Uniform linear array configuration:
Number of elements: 12
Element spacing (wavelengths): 0.25
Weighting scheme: hann
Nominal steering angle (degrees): -15
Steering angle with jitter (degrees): -13.884
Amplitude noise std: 0.05
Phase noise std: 0.05

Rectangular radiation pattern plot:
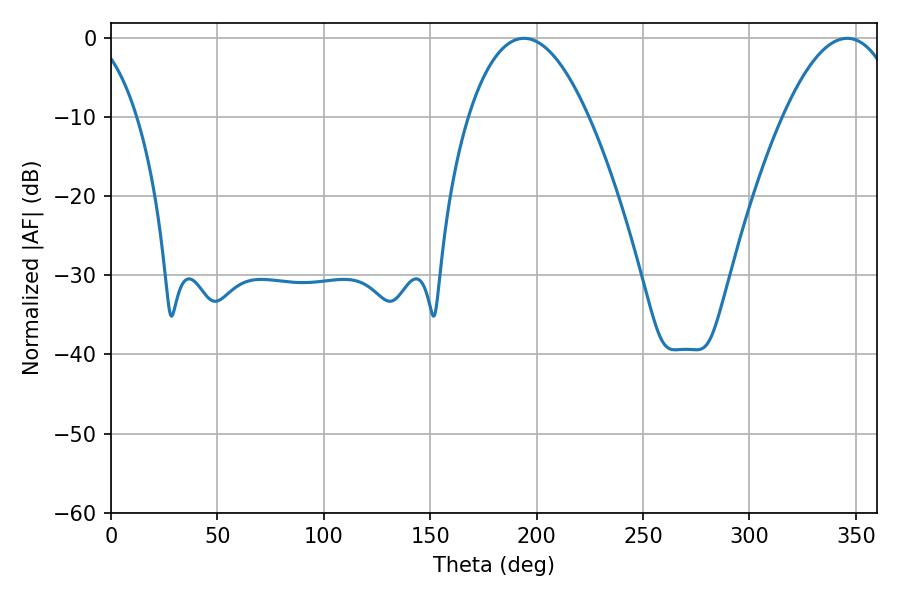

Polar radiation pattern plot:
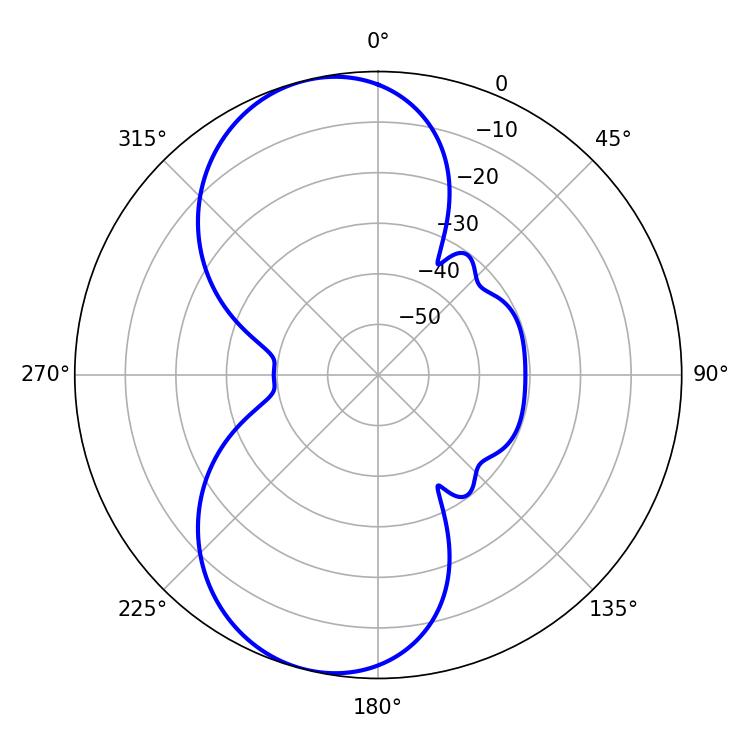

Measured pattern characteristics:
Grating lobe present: FALSE
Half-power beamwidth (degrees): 31.14
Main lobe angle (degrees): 194.04